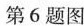
第6题图